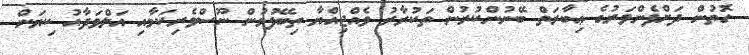
ގޮތުން ދަށްފެންވަރުގެ ޢިބާރަތް ބޭނުންކުރުން ތަކުރާރު ވެއްޖިއްޔާ ތިބޭފުޅުން ނޫސްވެރިކަމާއި އަލްވަދާއު ކިޔަން